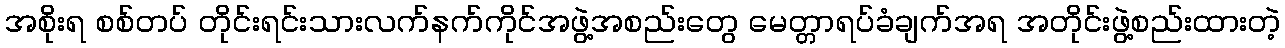
အစိုးရ စစ်တပ် တိုင်းရင်းသားလက်နက်ကိုင်အဖွဲ့အစည်းတွေ မေတ္တာရပ်ခံချက်အရ အတိုင်းဖွဲ့စည်းထားတဲ့